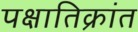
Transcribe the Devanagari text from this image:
पक्षातिक्रांत